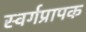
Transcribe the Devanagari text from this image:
स्वर्गप्रापक